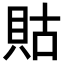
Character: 𧵑